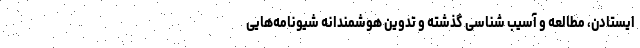
ایستادن، مطالعه و آسیب شناسی گذشته و تدوین هوشمندانه شیونامه‌هایی